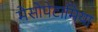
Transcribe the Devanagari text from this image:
मेसोपेटामिया